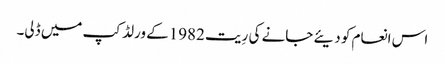
اس انعام کو دیئے جانے کی رِیت 1982کے ورلڈ کپ میں ڈلی۔